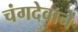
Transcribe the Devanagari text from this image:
चंगदेवाने